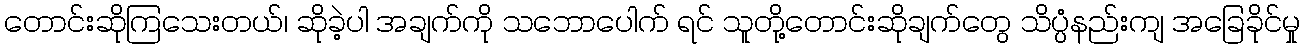
တောင်းဆိုကြသေးတယ်၊ ဆိုခဲ့ပါ အချက်ကို သဘောပေါက် ရင် သူတို့တောင်းဆိုချက်တွေ သိပ္ပံနည်းကျ အခြေခိုင်မှု